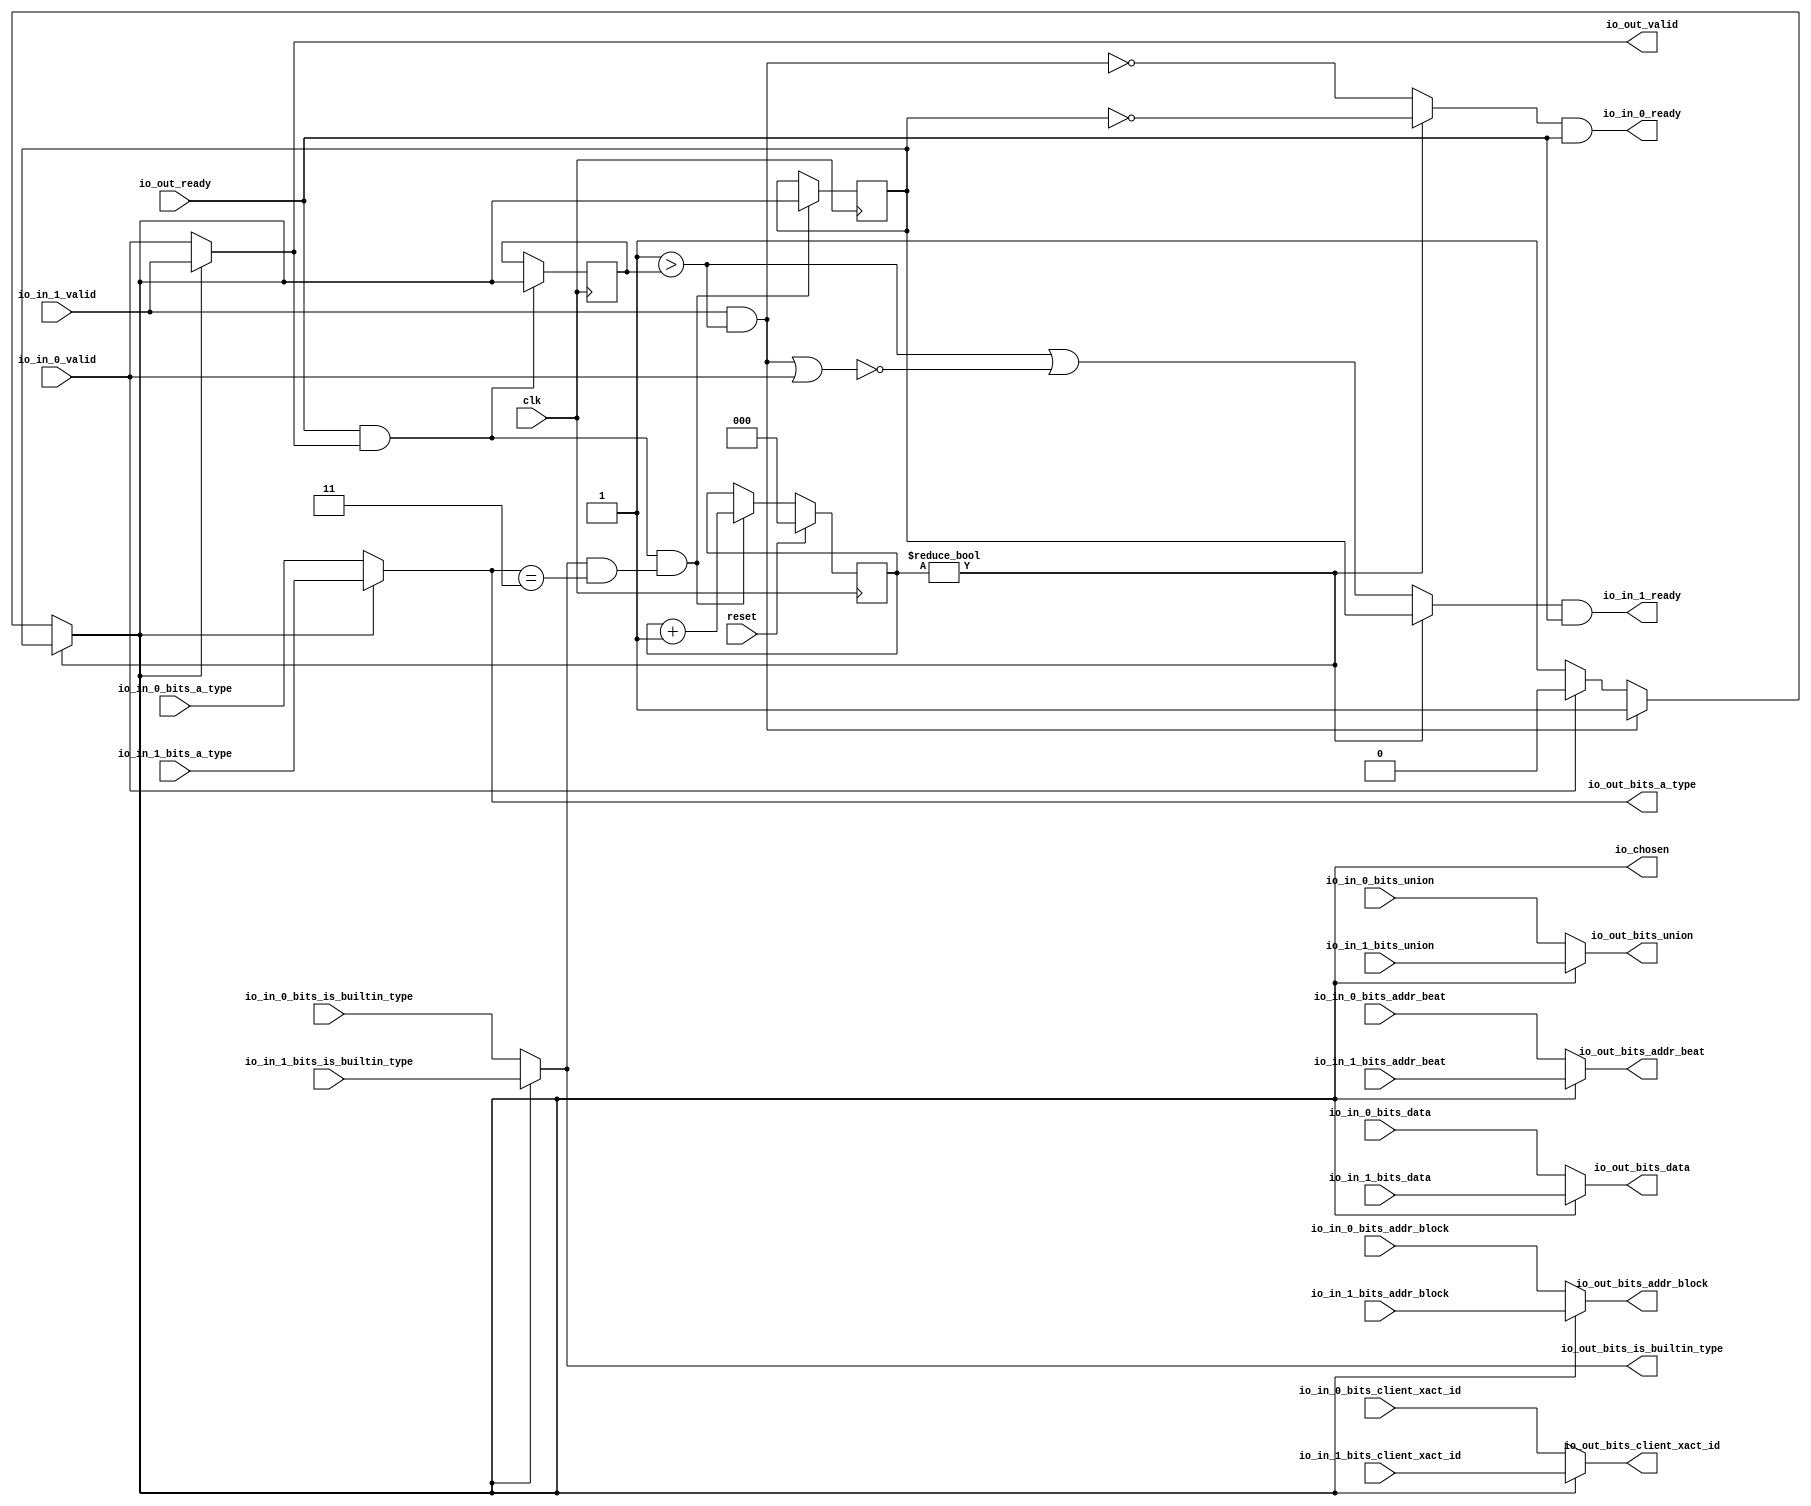
module LockingRRArbiter_5(
  input   clk,
  input   reset,
  output  io_in_0_ready,
  input   io_in_0_valid,
  input  [25:0] io_in_0_bits_addr_block,
  input  [1:0] io_in_0_bits_client_xact_id,
  input  [2:0] io_in_0_bits_addr_beat,
  input   io_in_0_bits_is_builtin_type,
  input  [2:0] io_in_0_bits_a_type,
  input  [11:0] io_in_0_bits_union,
  input  [63:0] io_in_0_bits_data,
  output  io_in_1_ready,
  input   io_in_1_valid,
  input  [25:0] io_in_1_bits_addr_block,
  input  [1:0] io_in_1_bits_client_xact_id,
  input  [2:0] io_in_1_bits_addr_beat,
  input   io_in_1_bits_is_builtin_type,
  input  [2:0] io_in_1_bits_a_type,
  input  [11:0] io_in_1_bits_union,
  input  [63:0] io_in_1_bits_data,
  input   io_out_ready,
  output  io_out_valid,
  output [25:0] io_out_bits_addr_block,
  output [1:0] io_out_bits_client_xact_id,
  output [2:0] io_out_bits_addr_beat,
  output  io_out_bits_is_builtin_type,
  output [2:0] io_out_bits_a_type,
  output [11:0] io_out_bits_union,
  output [63:0] io_out_bits_data,
  output  io_chosen
);
  wire  choice;
  wire  GEN_0;
  wire  GEN_8;
  wire [25:0] GEN_1;
  wire [25:0] GEN_9;
  wire [1:0] GEN_2;
  wire [1:0] GEN_10;
  wire [2:0] GEN_3;
  wire [2:0] GEN_11;
  wire  GEN_4;
  wire  GEN_12;
  wire [2:0] GEN_5;
  wire [2:0] GEN_13;
  wire [11:0] GEN_6;
  wire [11:0] GEN_14;
  wire [63:0] GEN_7;
  wire [63:0] GEN_15;
  reg [2:0] T_766;
  reg [31:0] GEN_22;
  reg  T_768;
  reg [31:0] GEN_23;
  wire  T_770;
  wire [2:0] T_779_0;
  wire  T_781;
  wire  T_782;
  wire  T_783;
  wire  T_784;
  wire [3:0] T_788;
  wire [2:0] T_789;
  wire  GEN_16;
  wire [2:0] GEN_17;
  wire  GEN_18;
  reg  lastGrant;
  reg [31:0] GEN_24;
  wire  GEN_19;
  wire  T_794;
  wire  T_796;
  wire  T_799;
  wire  T_803;
  wire  T_805;
  wire  T_809;
  wire  T_811;
  wire  T_812;
  wire  T_813;
  wire  T_816;
  wire  T_817;
  wire  GEN_20;
  wire  GEN_21;
  assign io_in_0_ready = T_813;
  assign io_in_1_ready = T_817;
  assign io_out_valid = GEN_0;
  assign io_out_bits_addr_block = GEN_1;
  assign io_out_bits_client_xact_id = GEN_2;
  assign io_out_bits_addr_beat = GEN_3;
  assign io_out_bits_is_builtin_type = GEN_4;
  assign io_out_bits_a_type = GEN_5;
  assign io_out_bits_union = GEN_6;
  assign io_out_bits_data = GEN_7;
  assign io_chosen = GEN_18;
  assign choice = GEN_21;
  assign GEN_0 = GEN_8;
  assign GEN_8 = io_chosen ? io_in_1_valid : io_in_0_valid;
  assign GEN_1 = GEN_9;
  assign GEN_9 = io_chosen ? io_in_1_bits_addr_block : io_in_0_bits_addr_block;
  assign GEN_2 = GEN_10;
  assign GEN_10 = io_chosen ? io_in_1_bits_client_xact_id : io_in_0_bits_client_xact_id;
  assign GEN_3 = GEN_11;
  assign GEN_11 = io_chosen ? io_in_1_bits_addr_beat : io_in_0_bits_addr_beat;
  assign GEN_4 = GEN_12;
  assign GEN_12 = io_chosen ? io_in_1_bits_is_builtin_type : io_in_0_bits_is_builtin_type;
  assign GEN_5 = GEN_13;
  assign GEN_13 = io_chosen ? io_in_1_bits_a_type : io_in_0_bits_a_type;
  assign GEN_6 = GEN_14;
  assign GEN_14 = io_chosen ? io_in_1_bits_union : io_in_0_bits_union;
  assign GEN_7 = GEN_15;
  assign GEN_15 = io_chosen ? io_in_1_bits_data : io_in_0_bits_data;
  assign T_770 = T_766 != 3'h0;
  assign T_779_0 = 3'h3;
  assign T_781 = io_out_bits_a_type == T_779_0;
  assign T_782 = io_out_bits_is_builtin_type & T_781;
  assign T_783 = io_out_ready & io_out_valid;
  assign T_784 = T_783 & T_782;
  assign T_788 = T_766 + 3'h1;
  assign T_789 = T_788[2:0];
  assign GEN_16 = T_784 ? io_chosen : T_768;
  assign GEN_17 = T_784 ? T_789 : T_766;
  assign GEN_18 = T_770 ? T_768 : choice;
  assign GEN_19 = T_783 ? io_chosen : lastGrant;
  assign T_794 = 1'h1 > lastGrant;
  assign T_796 = io_in_1_valid & T_794;
  assign T_799 = T_796 | io_in_0_valid;
  assign T_803 = T_796 == 1'h0;
  assign T_805 = T_799 == 1'h0;
  assign T_809 = T_794 | T_805;
  assign T_811 = T_768 == 1'h0;
  assign T_812 = T_770 ? T_811 : T_803;
  assign T_813 = T_812 & io_out_ready;
  assign T_816 = T_770 ? T_768 : T_809;
  assign T_817 = T_816 & io_out_ready;
  assign GEN_20 = io_in_0_valid ? 1'h0 : 1'h1;
  assign GEN_21 = T_796 ? 1'h1 : GEN_20;
`ifdef RANDOMIZE
  integer initvar;
  initial begin
    `ifndef verilator
      #0.002;
    `endif
  `ifdef RANDOMIZE
  GEN_22 = {1{$random}};
  T_766 = GEN_22[2:0];
  `endif
  `ifdef RANDOMIZE
  GEN_23 = {1{$random}};
  T_768 = GEN_23[0:0];
  `endif
  `ifdef RANDOMIZE
  GEN_24 = {1{$random}};
  lastGrant = GEN_24[0:0];
  `endif
  end
`endif
  always @(posedge clk) begin
    if(reset) begin
      T_766 <= 3'h0;
    end else begin
      if(T_784) begin
        T_766 <= T_789;
      end
    end
    if(1'h0) begin
    end else begin
      if(T_784) begin
        T_768 <= io_chosen;
      end
    end
    if(1'h0) begin
    end else begin
      if(T_783) begin
        lastGrant <= io_chosen;
      end
    end
  end
endmodule